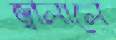
জ্বালালে